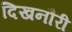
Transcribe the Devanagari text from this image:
दिखनौरी